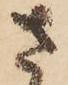
さ